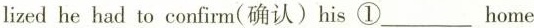
lized he had to confim(确认〕his ①_home